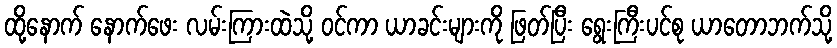
ထို့နောက် နောက်ဖေး လမ်းကြားထဲသို့ ဝင်ကာ ယာခင်းများကို ဖြတ်ပြီး ရွေးကြီးပင်စု ယာတောဘက်သို့